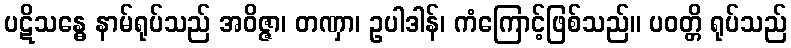
ပဋိသန္ဓေ နာမ်ရုပ်သည် အဝိဇ္ဇာ၊ တဏှာ၊ ဥပါဒါန်၊ ကံကြောင့်ဖြစ်သည်။ ပဝတ္တိ ရုပ်သည်